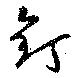
釘